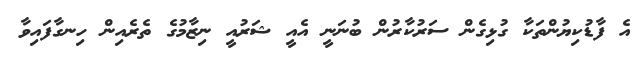
އެ ފާޑުކިޔުންތަކާ ގުޅިގެން ސަރުކާރުން ބުނަނީ އެއީ ޝަރުއީ ނިޒާމުގެ ތެރެއިން ހިނގާފައިވާ